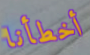
أخطأنا